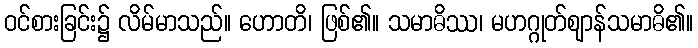
ဝင်စားခြင်း၌ လိမ်မာသည်။ ဟောတိ၊ ဖြစ်၏။ သမာဓိဿ၊ မဟဂ္ဂုတ်ဈာန်သမာဓိ၏။